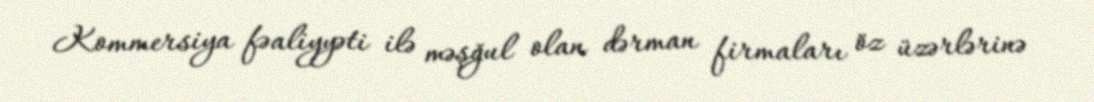
Kommersiya fəaliyyəti ilə məşğul olan dərman firmaları öz üzərlərinə